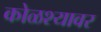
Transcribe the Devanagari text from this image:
कोळश्यावर